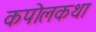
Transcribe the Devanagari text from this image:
कपोलकथा